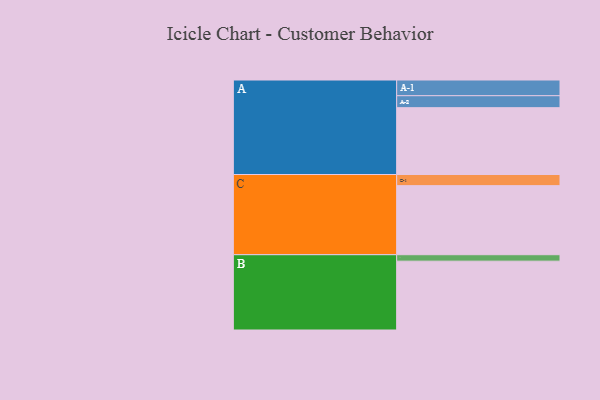
{"axis": {"x": "Segment", "y": "Value"}, "legend": ["", "A", "B", "C"], "data": [{"x": "A", "y": 570, "type": ""}, {"x": "B", "y": 587, "type": ""}, {"x": "C", "y": 589, "type": ""}, {"x": "A-1", "y": 134, "type": "A"}, {"x": "A-2", "y": 102, "type": "A"}, {"x": "B-1", "y": 55, "type": "B"}, {"x": "C-1", "y": 95, "type": "C"}]}